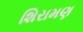
શિરામણ